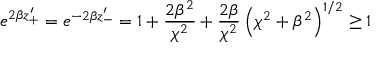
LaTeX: e ^ { 2 \beta z _ { + } ^ { \prime } } = e ^ { - 2 \beta z _ { - } ^ { \prime } } = 1 + \frac { 2 \beta ^ { 2 } } { \chi ^ { 2 } } + \frac { 2 \beta } { \chi ^ { 2 } } \left( \chi ^ { 2 } + \beta ^ { 2 } \right) ^ { 1 / 2 } \geq 1